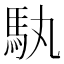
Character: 𮩳